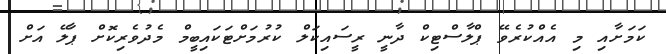
ކަމަށާއި މި އެއްކުރެވޭ ޕްލާސްޓިކް ދާނީ ރީސައިކަލް ކުރުމަށްޓަކައިބީމް މެދުވެރިކޮށް ޕާލޭ އަށް